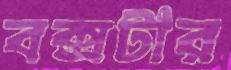
বক্সটার